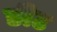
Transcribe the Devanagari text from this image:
डीट